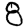
Digit: 8